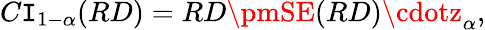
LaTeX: C\mathtt{I}_{1-\alpha}(RD)=RD\pmSE(RD)\cdotz_{\alpha},